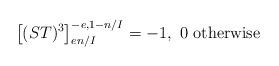
LaTeX: \begin{align*}\left[(ST)^{3}\right]_{en/I}^{-e,1-n/I}=-1,\ 0\mbox{ otherwise}\end{align*}